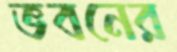
ভবনের